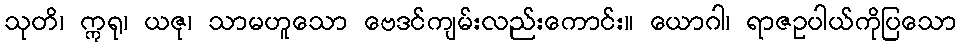
သုတိ၊ ဣရု၊ ယဇု၊ သာမဟူသော ဗေဒင်ကျမ်းလည်းကောင်း။ ယောဂါ၊ ရာဇဥပါယ်ကိုပြသော